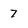
Character: 7